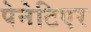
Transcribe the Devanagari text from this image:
पेनेटिएर